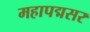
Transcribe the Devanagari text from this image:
महापद्मसर